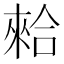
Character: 𠎙